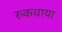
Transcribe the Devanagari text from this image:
रुकवाया